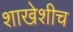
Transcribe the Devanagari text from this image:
शाखेशीच